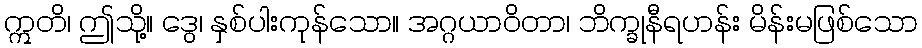
ဣတိ၊ ဤသို့။ ဒွေ၊ နှစ်ပါးကုန်သော။ အဂ္ဂယာဝိတာ၊ ဘိက္ခုနီရဟန်း မိန်းမဖြစ်သော